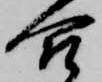
合